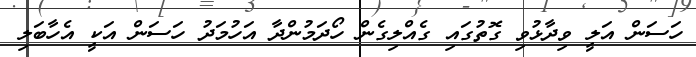
ހަސަން އަލީ ވިދާޅުވި ގޮތުގައި ގެއްލިގެން ހޯދަމުންދާ އަހުމަދު ހަސަން އަކީ އެހާބަލި